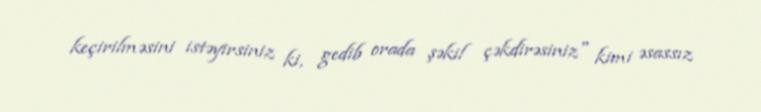
keçirilməsini istəyirsiniz ki, gedib orada şəkil çəkdirəsiniz" kimi əsassız